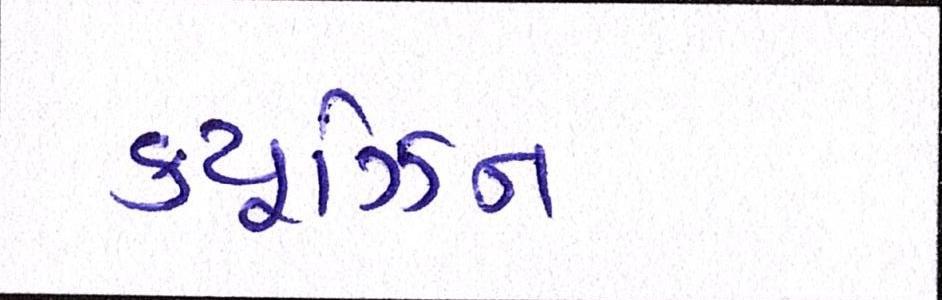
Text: ક્યૂઝિન